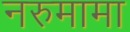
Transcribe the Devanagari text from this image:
नरुमामा